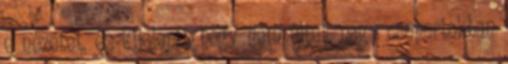
e nézetet, és kijelenti, hogy nem éltek nagy csoportokban